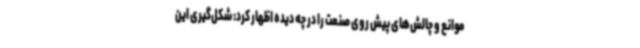
موانع و چالش‌های پیش روی صنعت را در چه دیده اظهار کرد: شکل‌گیری این